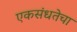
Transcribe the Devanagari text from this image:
एकसंधतेचा